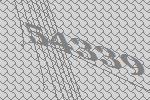
54339